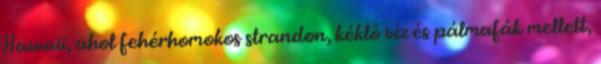
Hawaii, ahol fehérhomokos strandon, kéklő víz és pálmafák mellett,